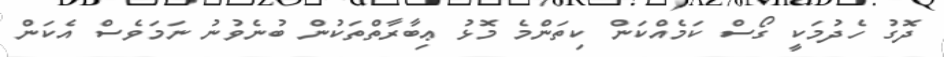
ދޮގު ހެދުމަކީ ގޯސް ކަމެއްކަން ކިތަންމެ މޮޅު ޢިބާރާތްތަކުން ބުނެވުނު ނަމަވެސް އެކަން